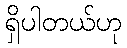
ရှိပါတယ်ဟု